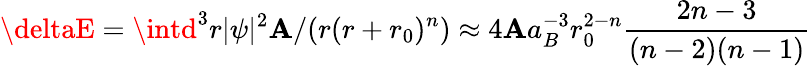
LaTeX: \deltaE=\intd^{3}r|\psi|^{2}\mathbf{A}/(r(r+r_{0})^{n})\approx4\mathbf{A}a_{B}^{-3}r_{0}^{2-n}\frac{{2n-3}}{{(n-2)(n-1)}}